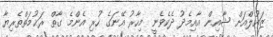
ޒައުލްއަށް ޝާއިން އާއިމެދު ދެކެވެނީ މިހާރު އޭނަގެ ހުރި އެންމެ ގާތް ރަޙުމަތްތެރިޔާ